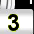
Digit: 3